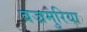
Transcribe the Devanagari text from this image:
बज्रमुरिया